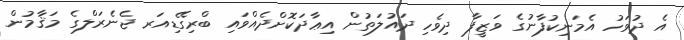
އެ ދުވަހު އެމަނިކުފާނުގެ ވަޒީފާ ދިވެހި ދައުލަތުން އިޢާދަކޮށްދެއްވައި ބްރިގޭޑިއަރ ޖެނެރަލްގެ މަޤާމުން